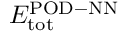
E _ { \mathrm { t o t } } ^ { \mathrm { P O D - N N } }